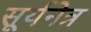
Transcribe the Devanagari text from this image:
सूर्यनेत्र